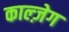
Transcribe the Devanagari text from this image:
काल्ज़ेग